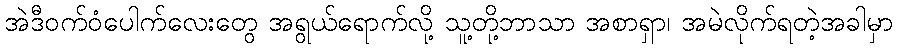
အဲဒီဝက်ဝံပေါက်လေးတွေ အရွယ်ရောက်လို့ သူ့တို့ဘာသာ အစာရှာ၊ အမဲလိုက်ရတဲ့အခါမှာ